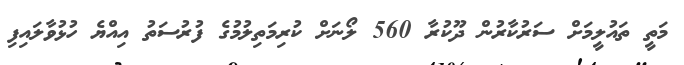
މަތީ ތައުލީމަށް ސަރުކާރުން ދޫކުރާ 560 ލޯނަށް ކުރިމަތިލުމުގެ ފުރުސަތު އިއްޔެ ހުޅުވާލައިފި